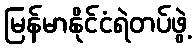
မြန်မာနိုင်ငံရဲတပ်ဖွဲ့